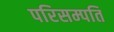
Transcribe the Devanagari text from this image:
परिसम्पति